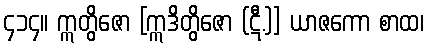
၄၁၄။ ဣတွိဇော [ဣဒိတွိဇော (ဋီ.)] ယာဇကော စာထ၊